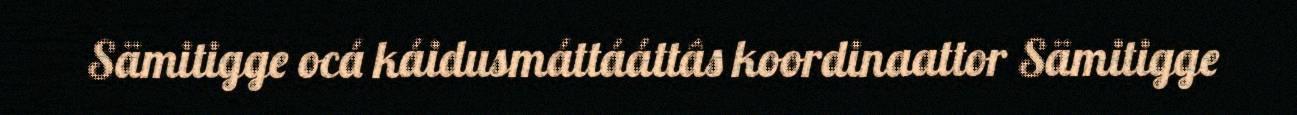
Sämitigge ocá káidusmáttááttâs koordinaattor Sämitigge